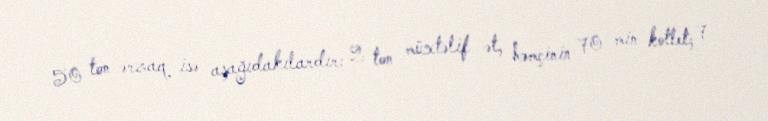
50 ton ərzaq isə aşağıdakılardır: 2 ton müxtəlif ət, həmçinin 70 min kotlet; 7